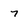
Character: 7